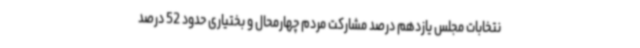
نتخابات مجلس یازدهم درصد مشارکت مردم چهارمحال و بختیاری حدود 52 درصد